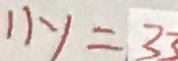
1 1 y = 3 3